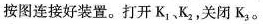
按图连接好装置。打开K_{1}K_{2}，关闭K_{3}。